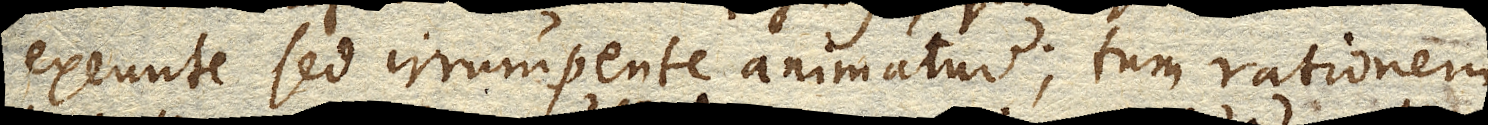
exeunte sed irrumpente animatur; tum rationem